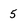
Character: 5